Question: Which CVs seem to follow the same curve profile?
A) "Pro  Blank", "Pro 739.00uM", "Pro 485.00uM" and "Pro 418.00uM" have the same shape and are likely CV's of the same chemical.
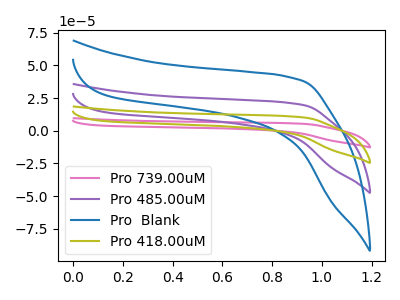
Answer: <think>The pink curve "Pro 739.00uM" has no peaks. The purple curve "Pro 485.00uM" has no peaks. The blue curve "Pro  Blank" has no peaks. The olive curve "Pro 418.00uM" has no peaks.
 Neither "Pro 739.00uM" or "Pro 485.00uM" have any peaks. Neither "Pro 739.00uM" or "Pro  Blank" have any peaks. Neither "Pro 739.00uM" or "Pro 418.00uM" have any peaks. Neither "Pro 485.00uM" or "Pro  Blank" have any peaks. Neither "Pro 485.00uM" or "Pro 418.00uM" have any peaks. Neither "Pro  Blank" or "Pro 418.00uM" have any peaks.</think>
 <answer>A) "Pro  Blank", "Pro 739.00uM", "Pro 485.00uM" and "Pro 418.00uM" have the same shape and are likely CV's of the same chemical.</answer>
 <eval>A</eval>